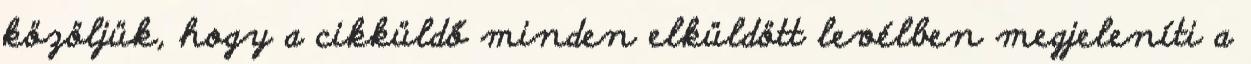
közöljük, hogy a cikküldő minden elküldött levélben megjeleníti a